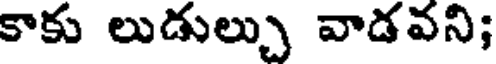
కాకు లుడుల్చు వాడవని;